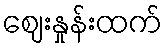
ဈေးနှုန်းထက်